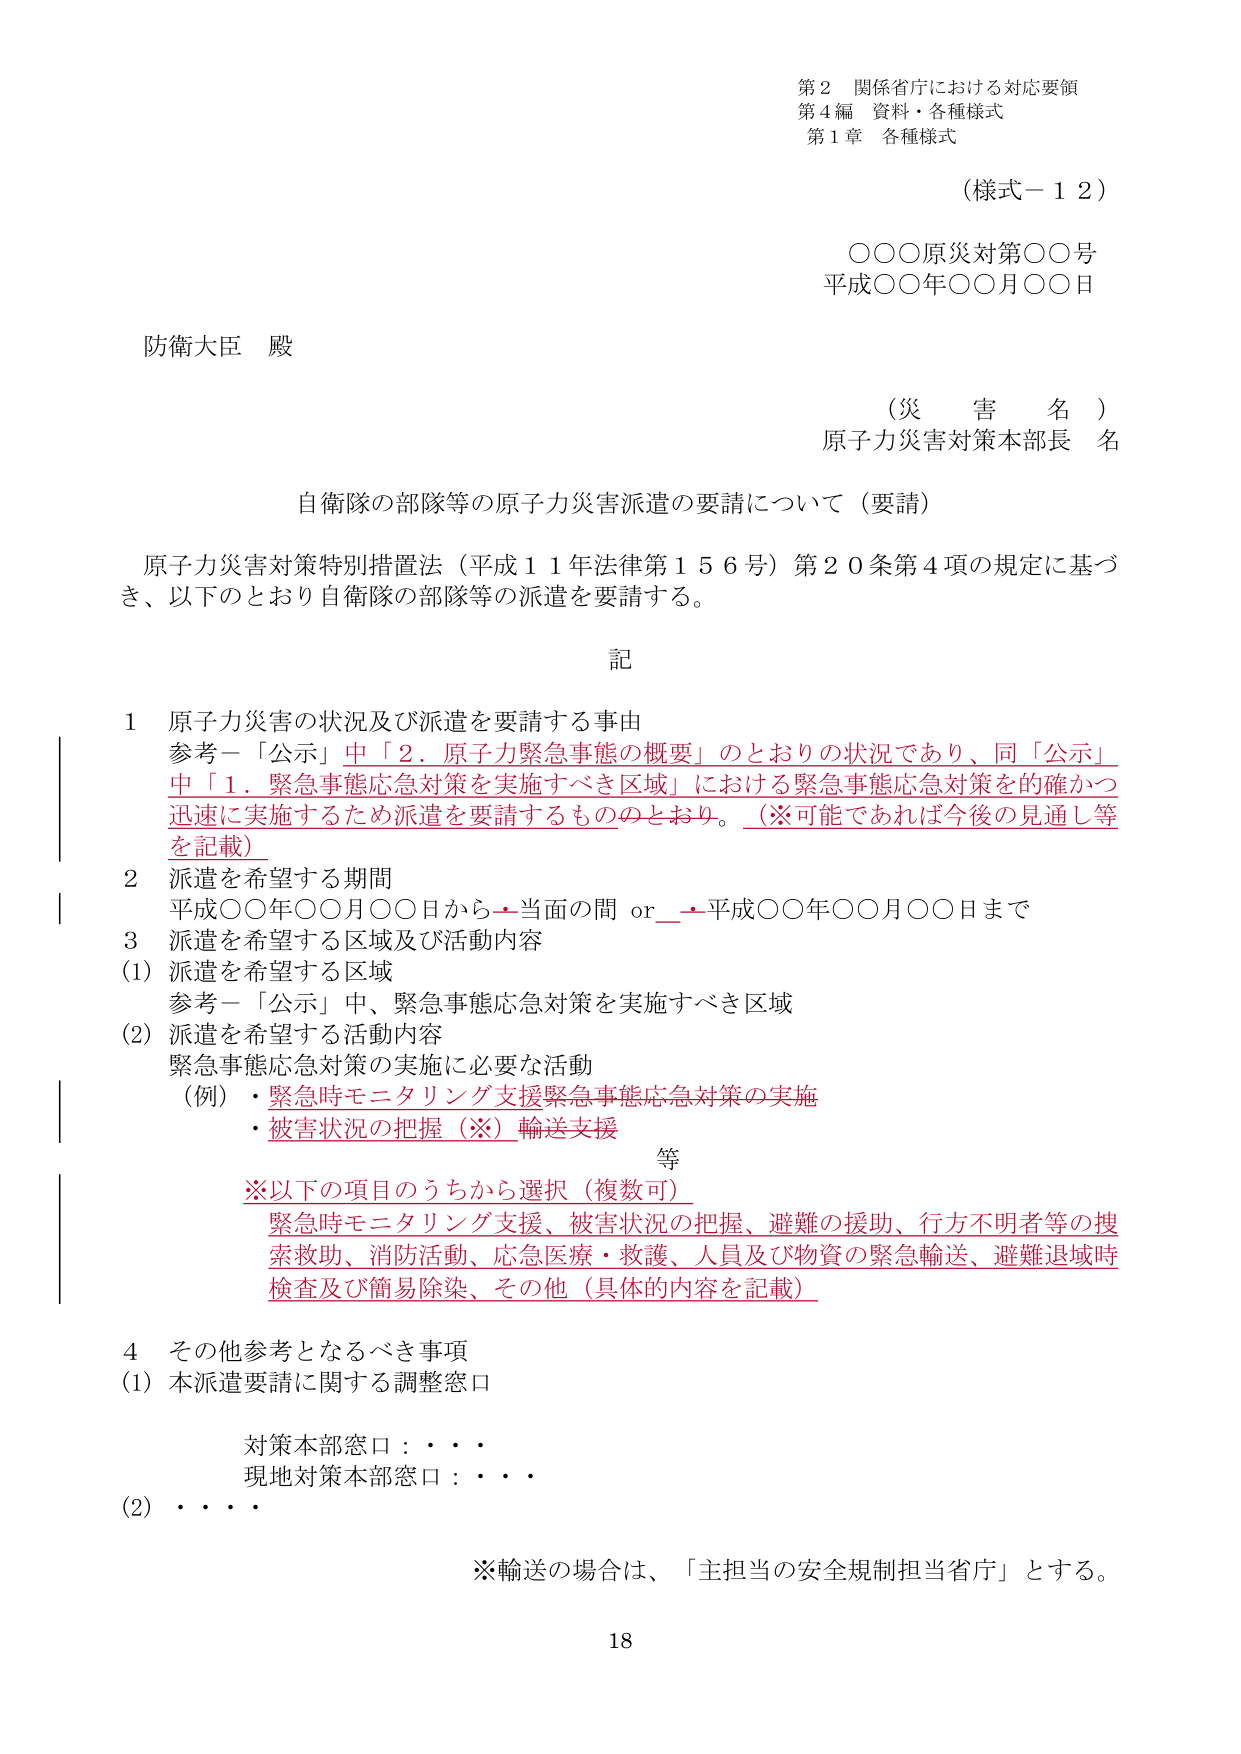
第２ 関係省庁における対応要領
第４編 資料・各種様式
第１章 各種様式

（様式－１２）

○○○原災対第○○号
平成○○年○○月○○日

防衛大臣 殿

（災 害 名）
原子力災害対策本部長 名

自衛隊の部隊等の原子力災害派遣の要請について（要請）

原子力災害対策特別措置法（平成１１年法律第１５６号）第２０条第４項の規定に基づき、以下のとおり自衛隊の部隊等の派遣を要請する。

記

１ 原子力災害の状況及び派遣を要請する事由
参考－「公示」中「２．原子力緊急事態の概要」のとおりの状況であり、同「公示」中「１．緊急事態応急対策を実施すべき区域」における緊急事態応急対策を的確かつ迅速に実施するため派遣を要請するものとおり。（※可能であれば今後の見通し等を記載）

２ 派遣を希望する期間
平成○○年○○月○○日から→当面の間 or →平成○○年○○月○○日まで

３ 派遣を希望する区域及び活動内容
(1) 派遣を希望する区域
参考－「公示」中、緊急事態応急対策を実施すべき区域
(2) 派遣を希望する活動内容
緊急事態応急対策の実施に必要な活動
（例）・緊急時モニタリング支援緊急事態応急対策の実施
・被害状況の把握（※）輸送支援
等
※以下の項目のうちから選択（複数可）
緊急時モニタリング支援、被害状況の把握、避難の援助、行方不明者等の捜索救助、消防活動、応急医療・救護、人員及び物資の緊急輸送、避難退域時検査及び簡易除染、その他（具体的な内容を記載）

４ その他参考となるべき事項
(1) 本派遣要請に関する調整窓口
対策本部窓口：・・・
現地対策本部窓口：・・・
(2) ・・・

※輸送の場合は、「主担当の安全規制担当省庁」とする。

18